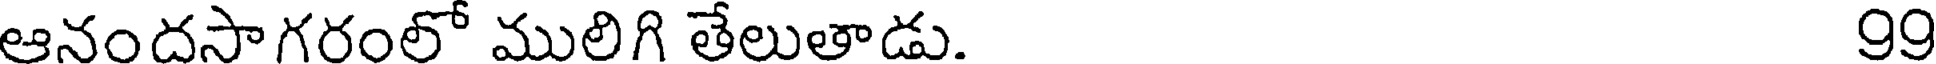
ఆనందసాగరంలో ములిగి తేలుతాడు. 99